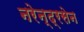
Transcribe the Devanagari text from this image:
नरेन्द्रसेन